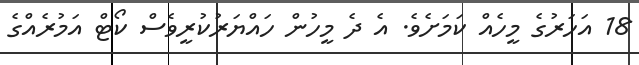
18 އަހަރުގެ މީހެއް ކަމަށެވެ. އެ ދެ މީހުން ހައްޔަރުކުރީވެސް ކޯޓް އަމުރެއްގެ